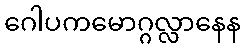
ဂေါပကမောဂ္ဂလ္လာနေန